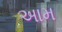
અામ